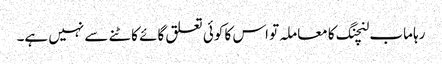
رہا ماب لنچنگ کا معاملہ تو اس کا کوئی تعلق گائے کاٹنے سے نہیں ہے۔